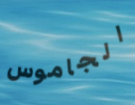
الجاموس